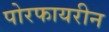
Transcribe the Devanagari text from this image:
पोरफायरीन